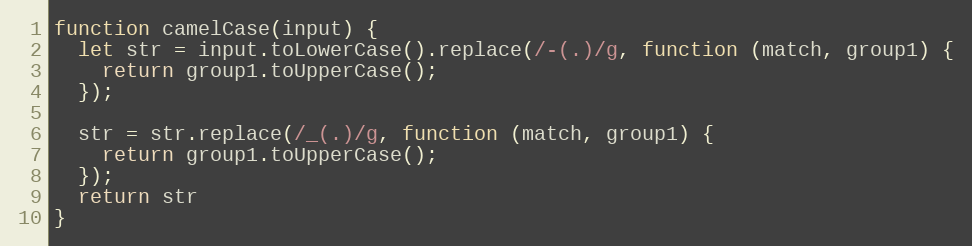
Language: JavaScript
function camelCase(input) {
  let str = input.toLowerCase().replace(/-(.)/g, function (match, group1) {
    return group1.toUpperCase();
  });

  str = str.replace(/_(.)/g, function (match, group1) {
    return group1.toUpperCase();
  });
  return str
}